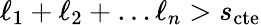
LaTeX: \ell_{1}+\ell_{2}+\dots\ell_{n}>s_{\mathrm{cte}}